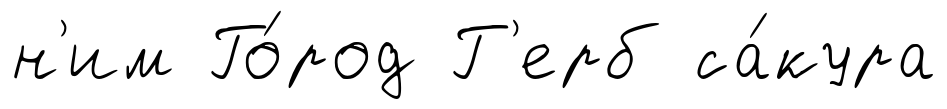
н'им Го́род Г'ерб са́кура